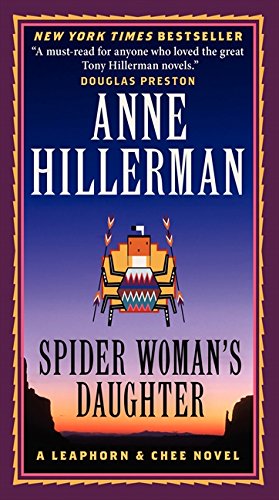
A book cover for Spider Woman's Daughter: A Leaphorn & Chee Novel; Anne Hillerman; Literature & Fiction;